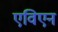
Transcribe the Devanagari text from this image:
एविएन